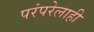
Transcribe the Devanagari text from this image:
परंपरेलाही